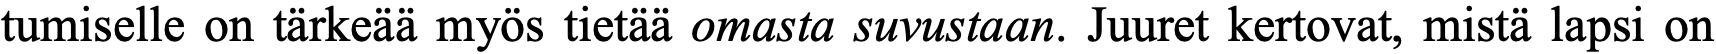
tumiselle on tärkeää myös tietää omasta suvustaan. Juuret kertovat, mistä lapsi on